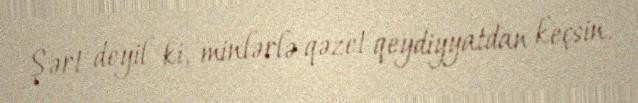
Şərt deyil ki, minlərlə qəzet qeydiyyatdan keçsin.